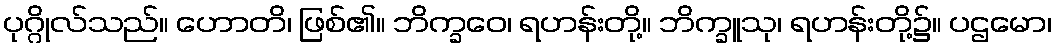
ပုဂ္ဂိုလ်သည်။ ဟောတိ၊ ဖြစ်၏။ ဘိက္ခဝေ၊ ရဟန်းတို့။ ဘိက္ခူသု၊ ရဟန်းတို့၌။ ပဌမော၊